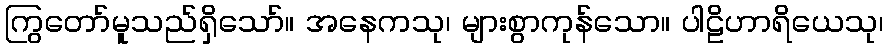
ကြွတော်မူသည်ရှိသော်။ အနေကသု၊ များစွာကုန်သော။ ပါဠိဟာရိယေသု၊